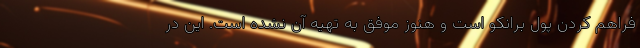
فراهم کردن پول برانکو است و هنوز موفق به تهیه آن نشده است. این در